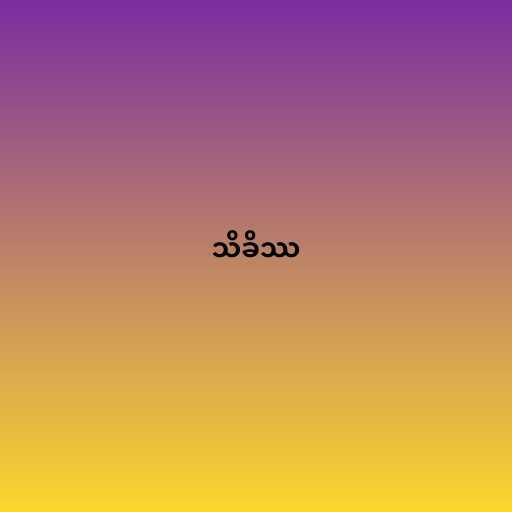
သိခိဿ